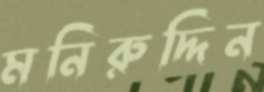
মনিরুদ্দিন